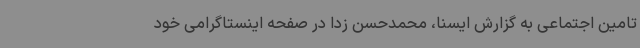
تامین اجتماعی به گزارش ایسنا، محمدحسن زدا در صفحه اینستاگرامی خود